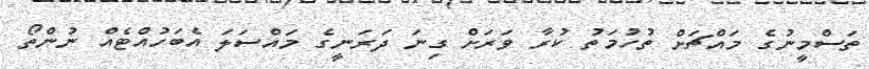
ތަސްމީނުގެ މައްޗަށް ތުހުމަތު ކުރާ ވަރަށް ގިނަ ދަރަނީގެ މައްސަލަ އެބަހުއްޓެއް ނުންތޯ